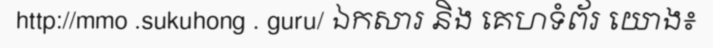
http://mmo .sukuhong . guru/ ឯកសារ និង គេហទំព័រ យោង៖